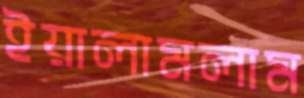
ইয়ালামলাম